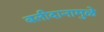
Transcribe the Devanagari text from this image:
बलीदानामुळे